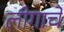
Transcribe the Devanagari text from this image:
लीगाचे